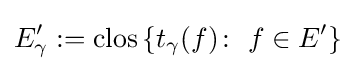
E_{\gamma }':=\operatorname {clos} \left\{t_{\gamma }(f)\colon \ f\in E'\right\}